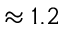
\approx 1 . 2